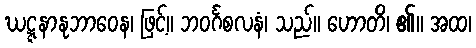
ဃဋ္ဋနာနုဘာဝေန၊ ဖြင့်။ ဘဝင်္ဂစလနံ၊ သည်။ ဟောတိ၊ ၏။ အထ၊